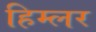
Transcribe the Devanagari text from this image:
हिम्लर